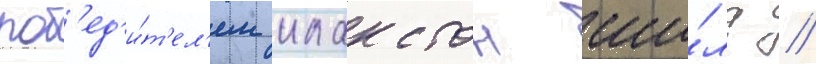
поб'ед'и́т'ел'ем клакстон ши́лд /